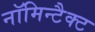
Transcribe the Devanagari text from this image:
नॉमिन्टैक्ट